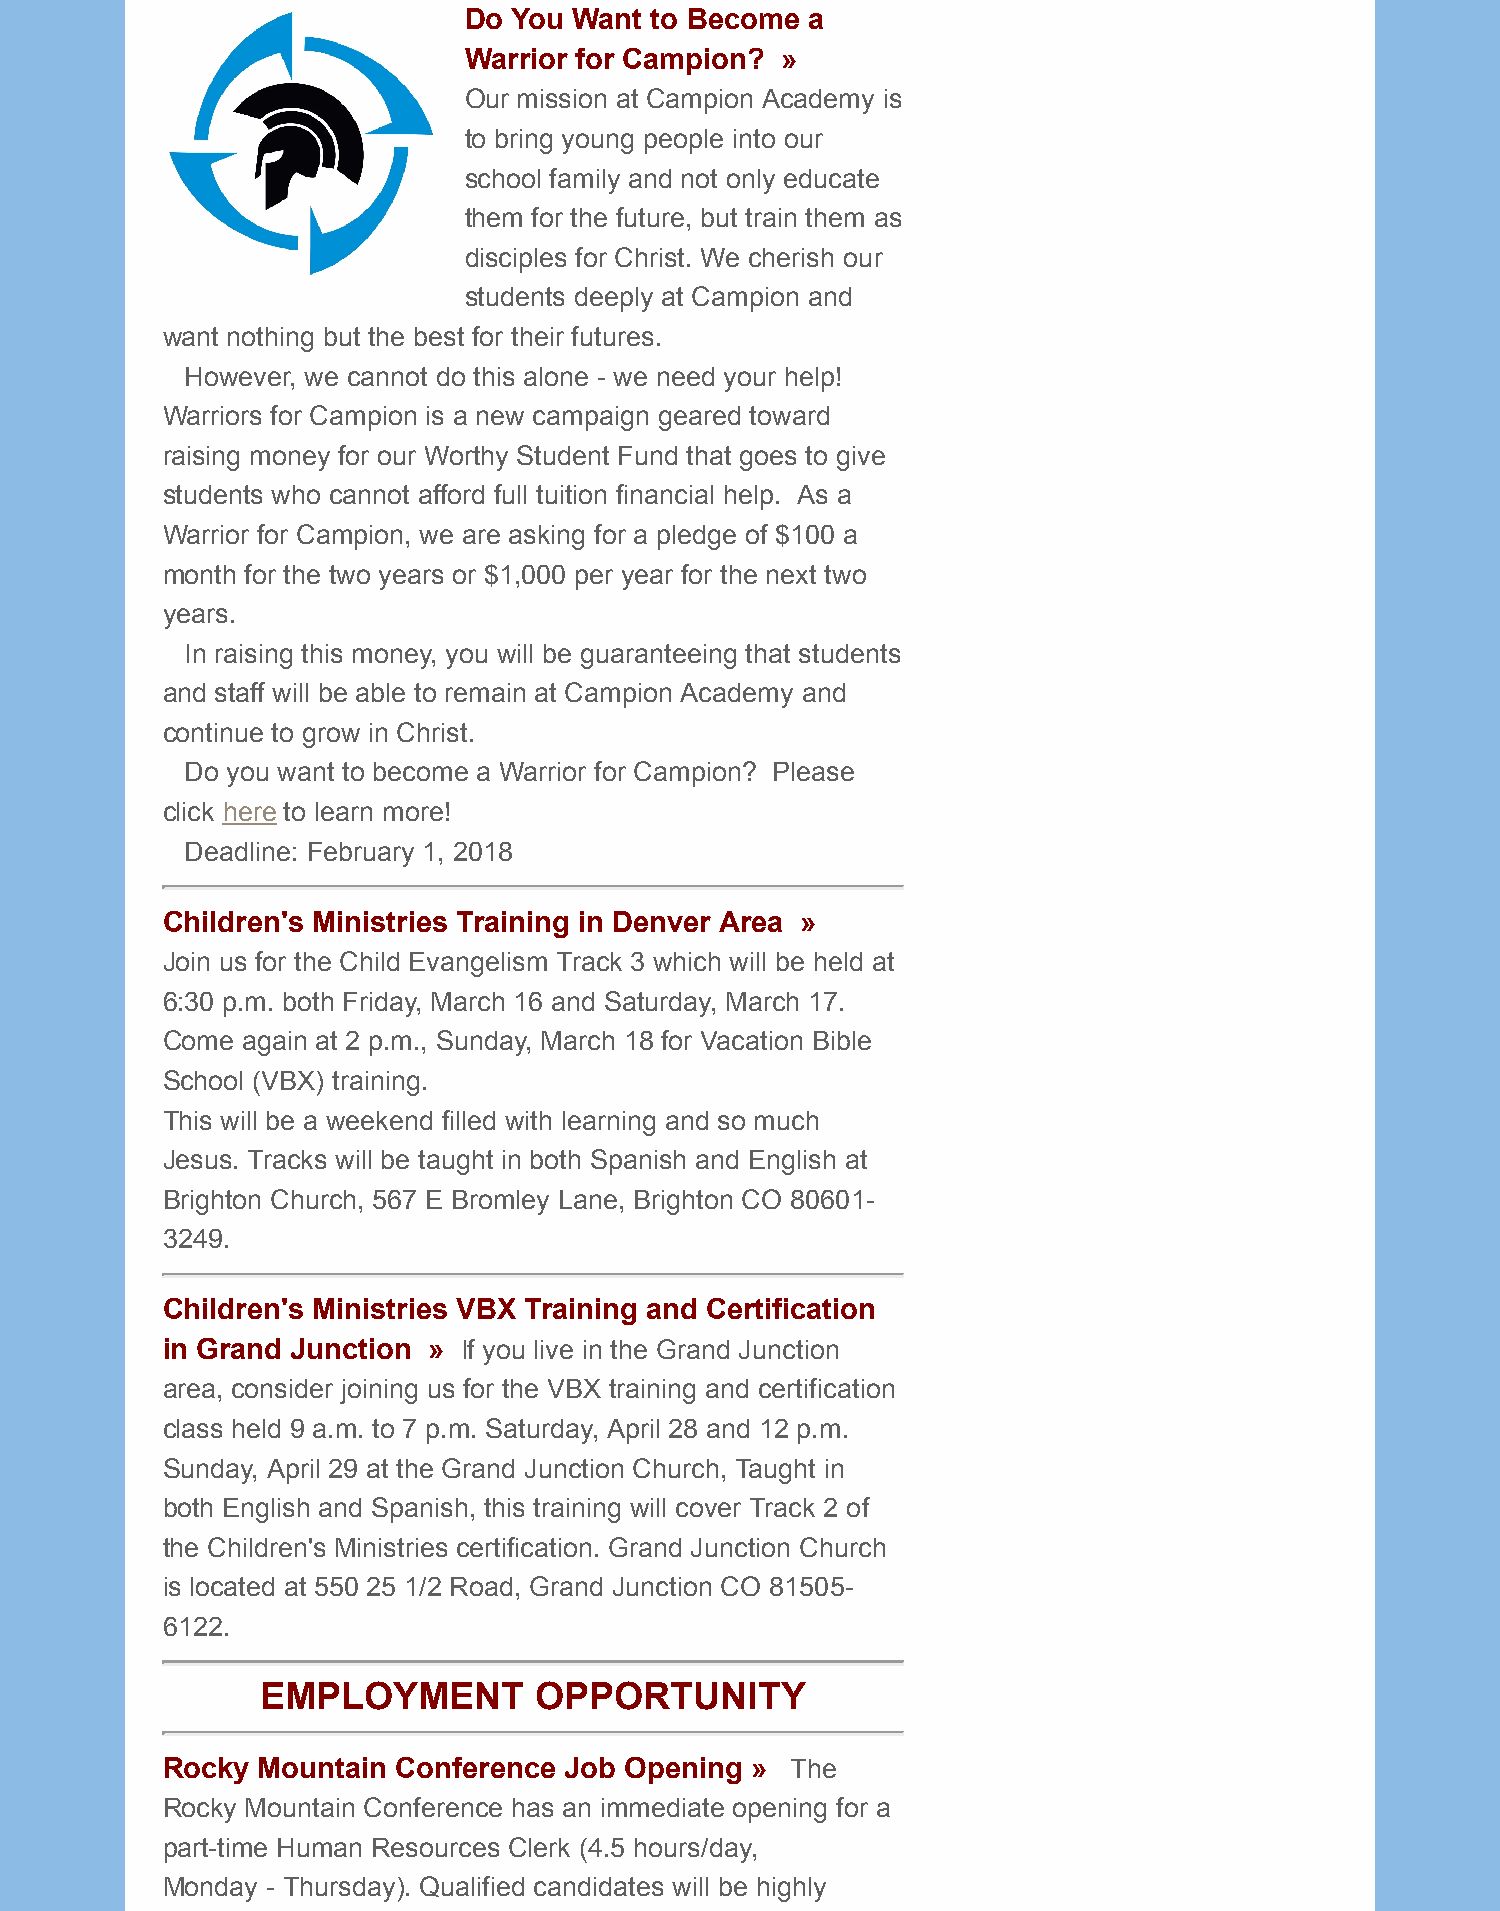
Do You Want to Become  a
 Warrior for Campion? »
 Our mission at Campion Academy is
 to bring young people into our
 school family and not only educate
 them for the future, but train them as
 disciples for Christ. We cherish our
 students deeply at Campion and
 want nothing but the best for their futures.
 However, we cannot do this alone - we need your help!
 Warriors for Campion is a new campaign geared toward
 raising money for our Worthy Student Fund that goes to give
 students who cannot afford full tuition financial help. As a
 Warrior for Campion, we are asking for a pledge of $100 a
 month for the two years or $1,000 per year for the next two
 years.
 In raising this money, you will be guaranteeing that students
 and staff will be able to remain at Campion Academy and
 continue to grow in Christ.
 Do you want to become a Warrior for Campion? Please
 click here to learn more!
 Deadline: February 1, 2018
 Children's Ministries Training in Denver Area »
 Join us for the Child Evangelism Track 3 which will be held at
 6:30 p.m. both Friday, March 16 and Saturday, March 17.
 Come again at 2 p.m., Sunday, March 18 for Vacation Bible
 School (VBX) training.
 This will be a weekend filled with learning and so much
 Jesus. Tracks will be taught in both Spanish and English at
 Brighton Church, 567 E Bromley Lane, Brighton CO 80601-
 3249.
 Children's Ministries VBX Training and Certification
 in Grand Junction » If you live in the Grand Junction
 area, consider joining us for the VBX training and certification
 class held 9 a.m. to 7 p.m. Saturday, April 28 and 12 p.m.
 Sunday, April 29 at the Grand Junction Church, Taught in
 both English and Spanish, this training will cover Track 2 of
 the Children's Ministries certification. Grand Junction Church
 is located at 550 25 1/2 Road, Grand Junction CO 81505-
 6122.
 EMPLOYMENT        OPPORTUNITY
 Rocky Mountain Conference Job Opening  » The
 Rocky Mountain Conference has an immediate opening for a
 part-time Human Resources Clerk (4.5 hours/day,
 Monday - Thursday). Qualified candidates will be highly